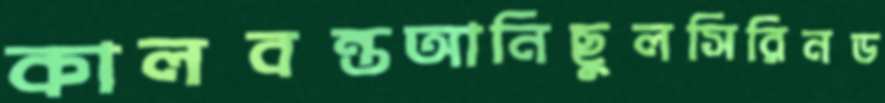
কালবন্তআনিছুলসিরিনড